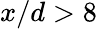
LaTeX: x/d>8